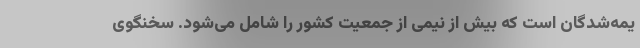
یمه‌شدگان است که بیش از نیمی از جمعیت کشور را شامل می‌شود. سخنگوی